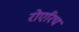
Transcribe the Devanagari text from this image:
रोएरिच